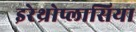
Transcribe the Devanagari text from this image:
इरेथ्रोप्लासिया